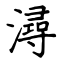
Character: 潯